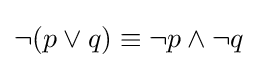
\neg (p\vee q)\equiv \neg p\wedge \neg q